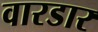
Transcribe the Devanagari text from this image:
वारडार